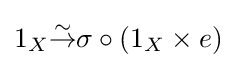
1_{X}{\overset {\sim }{\to }}\sigma \circ (1_{X}\times e)